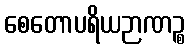
စေတောပရိယဉာဏဉ္စ